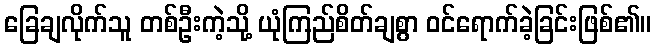
ခြေချလိုက်သူ တစ်ဦးကဲ့သို့ ယုံကြည်စိတ်ချစွာ ဝင်ရောက်ခဲ့ခြင်းဖြစ်၏။